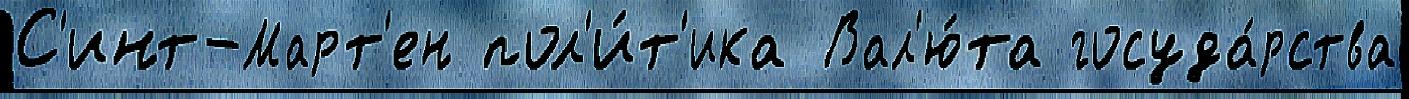
С'инт-Март'ен пол'и́т'ика Вал'ю́та госуда́рства